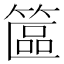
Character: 𥱸